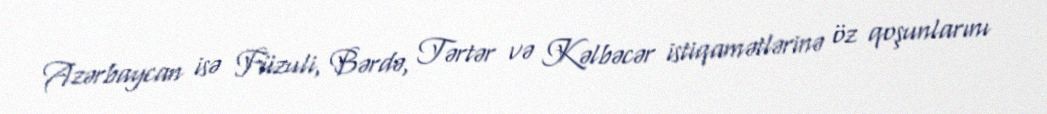
Azərbaycan isə Füzuli, Bərdə, Tərtər və Kəlbəcər istiqamətlərinə öz qoşunlarını